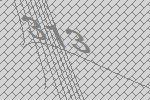
313